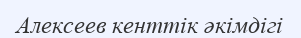
Алексеев кенттік әкімдігі